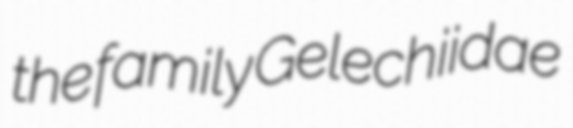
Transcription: the family Gelechiidae